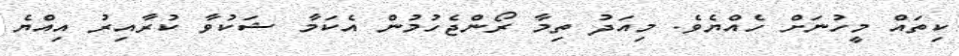
ކިތައް މީހުނަށް ހެއްޔެވެ. މިއަދު ތިމާ ރޯންޖެހުމުން އެކަމާ ޝަކުވާ ކުރާއިރު އިއްޔެ